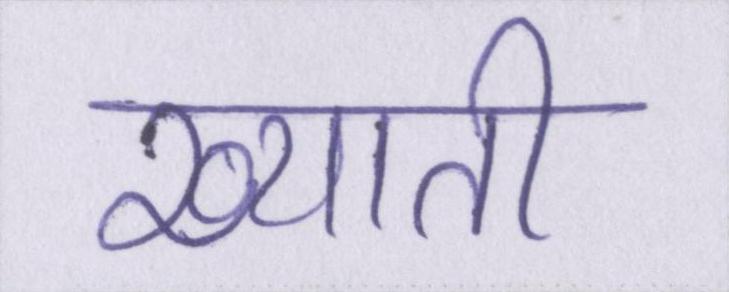
ख्याती